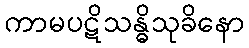
ကာမပဋိသန္ဓိသုခိနော